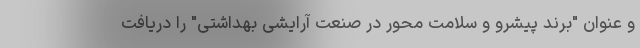
و عنوان "برند پیشرو و سلامت محور در صنعت آرایشی بهداشتی" را دریافت